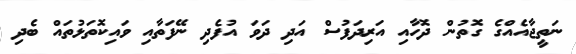
ނަތީޖާއެއްގެ ގޮތުން ދޮހާއި އަރިދަފުސް އަދި ދަވަ އުފެދި ނޭފަތާއި ވައިކޮތަޅުތައް ބެދި